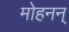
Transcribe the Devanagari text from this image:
मोहनन्